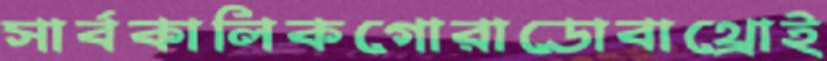
সার্বকালিকগোরাডোবাথ্রোই